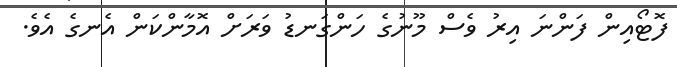
ފޮޓޯއިން ފަންނަ އިރު ވެސް މޫނުގެ ހަންގަނޑު ވަރަށް އޮމާންކަން އެނގެ އެވެ.